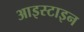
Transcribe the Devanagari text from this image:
आइस्टाइन